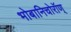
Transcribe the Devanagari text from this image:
भोबानिचोरॉण्